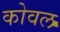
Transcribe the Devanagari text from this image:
कोवल